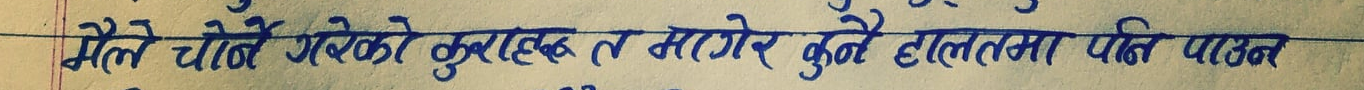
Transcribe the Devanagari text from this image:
मैले चोरें गरेको कुराहरू त मागेर कुनै हालतमा पनि पाएन